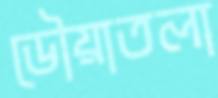
ডৌয়াতলা